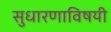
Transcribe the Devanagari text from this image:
सुधारणाविषयी